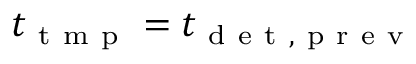
t _ { \mathrm { ~ t ~ m ~ p ~ } } = t _ { \mathrm { ~ d ~ e ~ t ~ , ~ p ~ r ~ e ~ v ~ } }